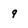
Character: 9